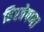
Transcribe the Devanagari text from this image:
हिरवेपणा